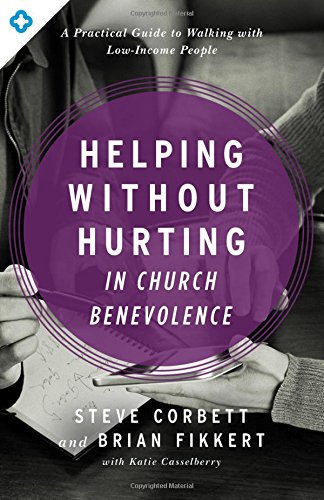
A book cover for Helping Without Hurting in Church Benevolence: A Practical Guide to Walking with Low-Income People; Steve Corbett; Christian Books & Bibles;